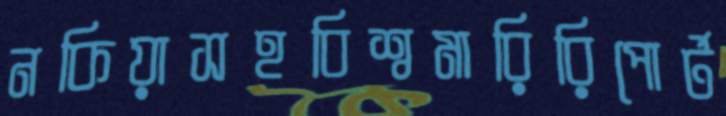
নকিয়াসহবিশ্বমারিরিপোর্ট